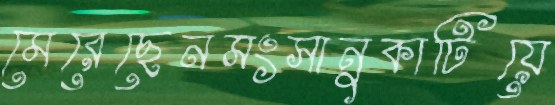
মেরেছেনমংসানুকাটিয়ে